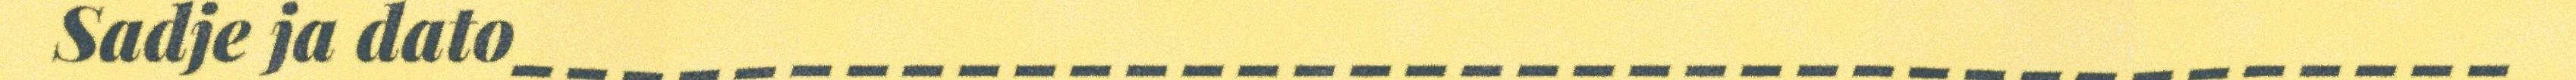
Sadje ja dato____________________________________